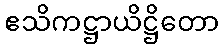
ဧသိကဋ္ဌာယိဋ္ဌိတော